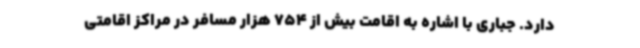
دارد. جباری با اشاره به اقامت بیش از 754 هزار مسافر در مراکز اقامتی